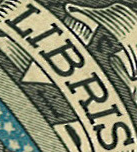
LIBRIS